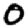
Digit: 0